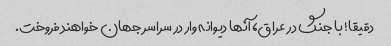
دقیقا! با جنگ در عراق، آنها دیوانه وار در سراسر جهان خواهند فروخت.